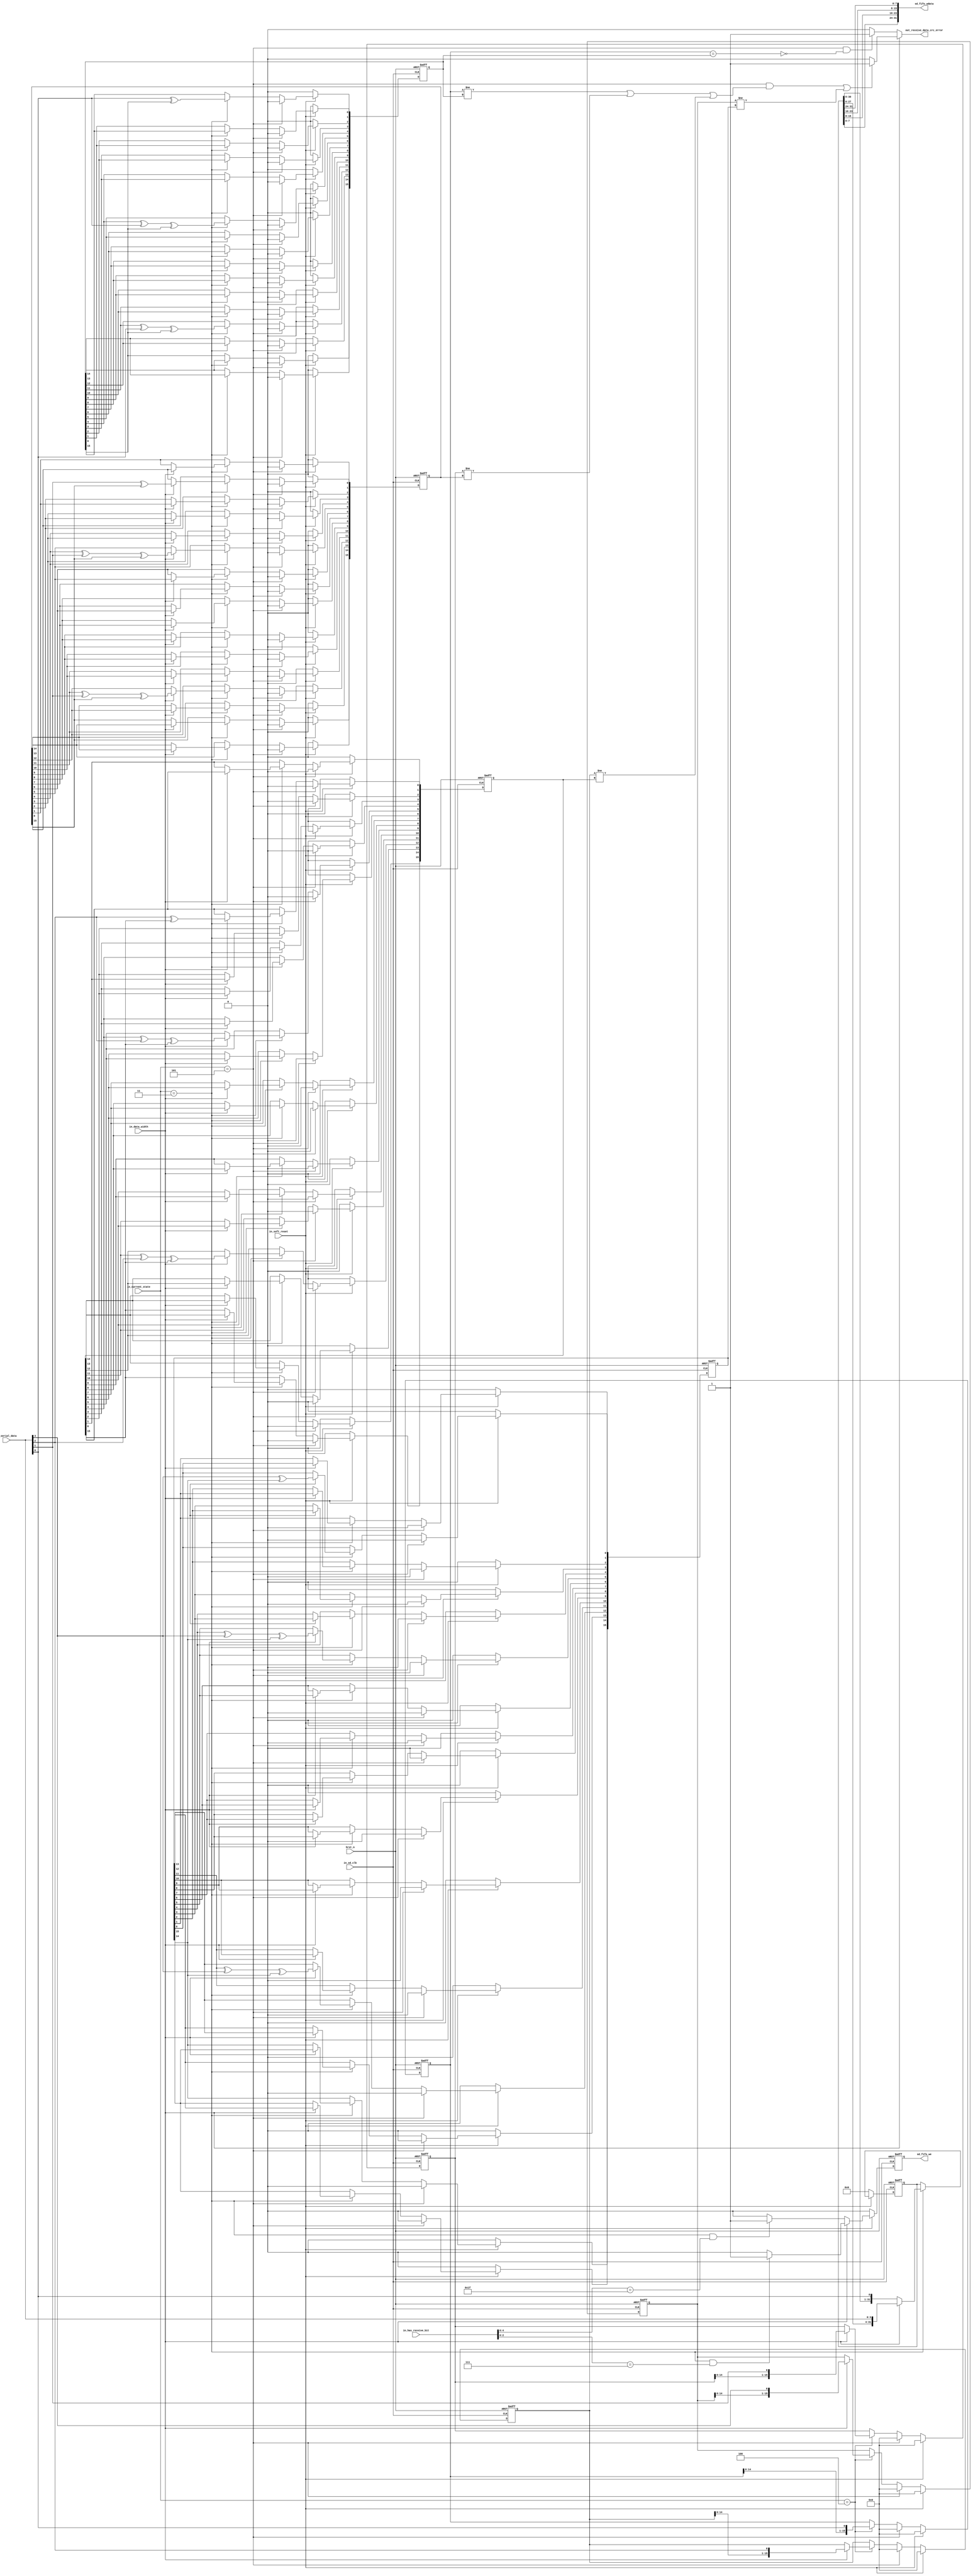
`define DATA_STATE_STOP                 4'b0000
`define DATA_STATE_IDLE                 4'b0001
`define DATA_STATE_WAIT_RECEIVE         4'b0010
`define DATA_STATE_RECEIVE              4'b0011
`define DATA_STATE_RECEIVE_CRC          4'b0100
`define DATA_STATE_RECEIVE_END_BIT      4'b0101
`define DATA_STATE_WAIT_SEND            4'b0110
`define DATA_STATE_SEND                 4'b0111
`define DATA_STATE_SEND_CRC             4'b1000
`define DATA_STATE_SEND_END_BIT         4'b1001
`define DATA_STATE_RECEIVE_CRC_STATUS   4'b1010
`define DATA_STATE_SEND_BUSY            4'b1011
`define DATA_STATE_SEND_START_BIT       4'b1100/////////////////////////
`define DATA_STATE_SEND_Z               4'b1101
`define DATA_STATE_SEND_P               4'b1110
module sd_data_receive_shift_register(
        in_sd_clk,                  //clock for sd card
        hrst_n,                     
        in_soft_reset,              //software reset
        in_current_state,           //surrent state of data fsm
        in_serial_data,             //data input from sd card
        in_data_width,              //data width 1:4bit 0:1bit
        in_has_receive_bit,         //has received data bits
        sd_fifo_wdata,              //output parallel data to rx fifo
        sd_fifo_we,                 //host writes rx_fifo
        out_receive_data_crc_error  //receive data crc error flag
);
input               in_sd_clk;                  //clock for sd card
input               hrst_n;                     
input               in_soft_reset;              //software reset
input   [3:0]       in_current_state;           //surrent state of data fsm
input   [3:0]       in_serial_data;             //data input from sd card
input               in_data_width;              //data width 1:4bit 0:1bit
input   [13:0]      in_has_receive_bit;         //has received data bits

output  [31:0]      sd_fifo_wdata;              //output parallel data to rx fifo
output              sd_fifo_we;                 //host writes rx_fifo
output              out_receive_data_crc_error;  //receive data crc error flag

reg                 out_receive_data_crc_error;
reg                 sd_fifo_we;
reg     [15:0]      crc_reg0;
reg     [15:0]      crc_reg1;
reg     [15:0]      crc_reg2;
reg     [15:0]      crc_reg3;
reg     [15:0]      generate_crc_reg0;
reg     [15:0]      generate_crc_reg1;
reg     [15:0]      generate_crc_reg2;
reg     [15:0]      generate_crc_reg3;
reg     [31:0]      shift_reg;
reg                 out_write_receive_fifo;

//------------------------------------------------------------
// Beginning of main code
//------------------------------------------------------------
// Overview of the data receive shift register operation
// the following key signals are used in the data receive shift register
// in_serial_data is the data input from sd card
// out_write_receive_fifo is the rx fifo write enable signal
// crc_regx is the received data crc
// generate_crc_regx is the generated data crc
// out_receive_data_crc_error is the data receiveing crc error flag

//assign sd_fifo_wdata =shift_reg;
assign sd_fifo_wdata = {shift_reg[7:0],shift_reg[15:8],shift_reg[23:16],shift_reg[31:24]};

//------------------------------------------------------
// Register rx fifo write enable signal
//------------------------------------------------------

always @(posedge in_sd_clk or negedge hrst_n) begin
    if (!hrst_n)
        sd_fifo_we <= 1'b0;
    else if (!in_soft_reset)
        sd_fifo_we <= 1'b0;
    else 
        sd_fifo_we <= out_write_receive_fifo;
end

//-------------------------------------------------------------
// Serial to Parallel conversion
// ------------------------------------------------------------

always @(posedge in_sd_clk or negedge hrst_n) begin
    if(!hrst_n)
        shift_reg <= 32'b0;
    else if (!in_soft_reset)
        shift_reg <= 32'b0;
    else begin
        if (in_current_state == `DATA_STATE_RECEIVE)
        begin
            if(!in_data_width)
                shift_reg <= {shift_reg[30:0],in_serial_data[0]};
            else
                shift_reg <= {shift_reg[27:0],in_serial_data};
        end
    end
end

//-------------------------------------------------------------------
//Generate rx fifo write enable signal
//-------------------------------------------------------------------
always @(*) begin
    out_write_receive_fifo = 1'b0;
    if (!in_data_width) 
    begin
        if ((in_current_state == `DATA_STATE_RECEIVE) && (in_has_receive_bit[4:0] == 5'b11111))
            out_write_receive_fifo = 1'b1;
    end
    else begin
        if((in_current_state == `DATA_STATE_RECEIVE) && (in_has_receive_bit[2:0] == 3'b111))
            out_write_receive_fifo = 1'b1;
    end
end

//--------------------------------------------------------------------
// Receive data crc 1bit and 4bit mode
//--------------------------------------------------------------------

always @(posedge in_sd_clk or negedge hrst_n)begin
    if (!hrst_n)
    begin
        crc_reg0 <= 16'b0;
        crc_reg1 <= 16'b0;
        crc_reg2 <= 16'b0;
        crc_reg3 <= 16'b0;
    end
    else if (in_soft_reset)
    begin
        crc_reg0 <= 16'b0;
        crc_reg1 <= 16'b0;
        crc_reg2 <= 16'b0;
        crc_reg3 <= 16'b0;
    end
    else if ((in_current_state == `DATA_STATE_RECEIVE_END_BIT))
    begin
        crc_reg0 <= 16'b0;
        crc_reg1 <= 16'b0;
        crc_reg2 <= 16'b0;
        crc_reg3 <= 16'b0;
    end
    else if (in_current_state == `DATA_STATE_RECEIVE_CRC)
    begin
        if(in_data_width == 1'b0)
            crc_reg0 <= {crc_reg0[14:0],in_serial_data[0]};
        else begin
            crc_reg0 <= {crc_reg0[14:0],in_serial_data[0]};
            crc_reg1 <= {crc_reg1[14:0],in_serial_data[1]};
            crc_reg2 <= {crc_reg2[14:0],in_serial_data[2]};
            crc_reg3 <= {crc_reg3[14:0],in_serial_data[3]};
        end
    end
end

//-----------------------------------------------------
// Generate data crc for 1bit and 4bit mode
//-----------------------------------------------------
 always @(posedge in_sd_clk or negedge hrst_n) begin
     if (!hrst_n)
     begin
         generate_crc_reg0 <= 16'b0;
         generate_crc_reg1 <= 16'b0;
         generate_crc_reg2 <= 16'b0;
         generate_crc_reg3 <= 16'b0;
    end
    else if (!in_soft_reset)
    begin
         generate_crc_reg0 <= 16'b0;
         generate_crc_reg1 <= 16'b0;
         generate_crc_reg2 <= 16'b0;
         generate_crc_reg3 <= 16'b0;
     end
     else if ((in_current_state == `DATA_STATE_RECEIVE_END_BIT))
     begin
         generate_crc_reg0 <= 16'b0;
         generate_crc_reg1 <= 16'b0;
         generate_crc_reg2 <= 16'b0;
         generate_crc_reg3 <= 16'b0;
     end
     else if (in_current_state == `DATA_STATE_RECEIVE)
     begin
         if (in_data_width == 1'b0)
         begin
             generate_crc_reg0[0] <= in_serial_data[0] ^ generate_crc_reg0[15];
             generate_crc_reg0[1] <= generate_crc_reg0[0];
             generate_crc_reg0[2] <= generate_crc_reg0[1];
             generate_crc_reg0[3] <= generate_crc_reg0[2];
             generate_crc_reg0[4] <= generate_crc_reg0[3];
             generate_crc_reg0[5] <= generate_crc_reg0[4] ^ in_serial_data[0] ^ generate_crc_reg0[15];
             generate_crc_reg0[6] <= generate_crc_reg0[5];
             generate_crc_reg0[7] <= generate_crc_reg0[6];
             generate_crc_reg0[8] <= generate_crc_reg0[7];
             generate_crc_reg0[9] <= generate_crc_reg0[8];
             generate_crc_reg0[10] <= generate_crc_reg0[9];
             generate_crc_reg0[11] <= generate_crc_reg0[10];
             generate_crc_reg0[12] <= generate_crc_reg0[11] ^ in_serial_data[0] ^ generate_crc_reg0[15];
             generate_crc_reg0[13] <= generate_crc_reg0[12];
             generate_crc_reg0[14] <= generate_crc_reg0[13];
             generate_crc_reg0[15] <= generate_crc_reg0[14];
         end
         else begin
             generate_crc_reg0[0] <= in_serial_data[0] ^ generate_crc_reg0[15];
             generate_crc_reg0[1] <= generate_crc_reg0[0];
             generate_crc_reg0[2] <= generate_crc_reg0[1];
             generate_crc_reg0[3] <= generate_crc_reg0[2];
             generate_crc_reg0[4] <= generate_crc_reg0[3];
             generate_crc_reg0[5] <= generate_crc_reg0[4] ^ in_serial_data[0] ^ generate_crc_reg0[15];
             generate_crc_reg0[6] <= generate_crc_reg0[5];
             generate_crc_reg0[7] <= generate_crc_reg0[6];
             generate_crc_reg0[8] <= generate_crc_reg0[7];
             generate_crc_reg0[9] <= generate_crc_reg0[8];
             generate_crc_reg0[10] <= generate_crc_reg0[9];
             generate_crc_reg0[11] <= generate_crc_reg0[10];
             generate_crc_reg0[12] <= generate_crc_reg0[11] ^ in_serial_data[0] ^ generate_crc_reg0[15];
             generate_crc_reg0[13] <= generate_crc_reg0[12];
             generate_crc_reg0[14] <= generate_crc_reg0[13];
             generate_crc_reg0[15] <= generate_crc_reg0[14];

             generate_crc_reg1[0] <= in_serial_data[1] ^ generate_crc_reg1[15];
             generate_crc_reg1[1] <= generate_crc_reg1[0];
             generate_crc_reg1[2] <= generate_crc_reg1[1];
             generate_crc_reg1[3] <= generate_crc_reg1[2];
             generate_crc_reg1[4] <= generate_crc_reg1[3];
             generate_crc_reg1[5] <= generate_crc_reg1[4] ^ in_serial_data[1] ^ generate_crc_reg1[15];
             generate_crc_reg1[6] <= generate_crc_reg1[5];
             generate_crc_reg1[7] <= generate_crc_reg1[6];
             generate_crc_reg1[8] <= generate_crc_reg1[7];
             generate_crc_reg1[9] <= generate_crc_reg1[8];
             generate_crc_reg1[10] <= generate_crc_reg1[9];
             generate_crc_reg1[11] <= generate_crc_reg1[10];
             generate_crc_reg1[12] <= generate_crc_reg1[11] ^ in_serial_data[1] ^ generate_crc_reg1[15];
             generate_crc_reg1[13] <= generate_crc_reg1[12];
             generate_crc_reg1[14] <= generate_crc_reg1[13];
             generate_crc_reg1[15] <= generate_crc_reg1[14];

             generate_crc_reg2[0] <= in_serial_data[2] ^ generate_crc_reg2[15];
             generate_crc_reg2[1] <= generate_crc_reg2[0];
             generate_crc_reg2[2] <= generate_crc_reg2[1];
             generate_crc_reg2[3] <= generate_crc_reg2[2];
             generate_crc_reg2[4] <= generate_crc_reg2[3];
             generate_crc_reg2[5] <= generate_crc_reg2[4] ^ in_serial_data[2] ^ generate_crc_reg2[15];
             generate_crc_reg2[6] <= generate_crc_reg2[5];
             generate_crc_reg2[7] <= generate_crc_reg2[6];
             generate_crc_reg2[8] <= generate_crc_reg2[7];
             generate_crc_reg2[9] <= generate_crc_reg2[8];
             generate_crc_reg2[10] <= generate_crc_reg2[9];
             generate_crc_reg2[11] <= generate_crc_reg2[10];
             generate_crc_reg2[12] <= generate_crc_reg2[11] ^ in_serial_data[2] ^ generate_crc_reg2[15];
             generate_crc_reg2[13] <= generate_crc_reg2[12];
             generate_crc_reg2[14] <= generate_crc_reg2[13];
             generate_crc_reg2[15] <= generate_crc_reg2[14];

             generate_crc_reg3[0] <= in_serial_data[3] ^ generate_crc_reg3[15];
             generate_crc_reg3[1] <= generate_crc_reg3[0];
             generate_crc_reg3[2] <= generate_crc_reg3[1];
             generate_crc_reg3[3] <= generate_crc_reg3[2];
             generate_crc_reg3[4] <= generate_crc_reg3[3];
             generate_crc_reg3[5] <= generate_crc_reg3[4] ^ in_serial_data[3] ^ generate_crc_reg3[15];
             generate_crc_reg3[6] <= generate_crc_reg3[5];
             generate_crc_reg3[7] <= generate_crc_reg3[6];
             generate_crc_reg3[8] <= generate_crc_reg3[7];
             generate_crc_reg3[9] <= generate_crc_reg3[8];
             generate_crc_reg3[10] <= generate_crc_reg3[9];
             generate_crc_reg3[11] <= generate_crc_reg3[10];
             generate_crc_reg3[12] <= generate_crc_reg3[11] ^ in_serial_data[3] ^ generate_crc_reg3[15];
             generate_crc_reg3[13] <= generate_crc_reg3[12];
             generate_crc_reg3[14] <= generate_crc_reg3[13];
             generate_crc_reg3[15] <= generate_crc_reg3[14];
         end
     end
end

 //----------------------------------------------------------
 // Compare generated data crc with received data crc
 //----------------------------------------------------------
 
always @(*) begin
     out_receive_data_crc_error = 1'b0;
     if(!in_data_width)begin
         if ((in_current_state == `DATA_STATE_RECEIVE_END_BIT) && !(crc_reg0 == generate_crc_reg0))
             out_receive_data_crc_error = 1'b1;
     end
     else begin
         if((in_current_state == `DATA_STATE_RECEIVE_END_BIT) && (((crc_reg0 != generate_crc_reg0))||((crc_reg1 != generate_crc_reg1)) ||((crc_reg2 != generate_crc_reg2))) ||((crc_reg3 != generate_crc_reg3)) )
             out_receive_data_crc_error = 1'b1;
     end
end
endmodule